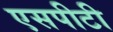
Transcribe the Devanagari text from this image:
एसपीटी